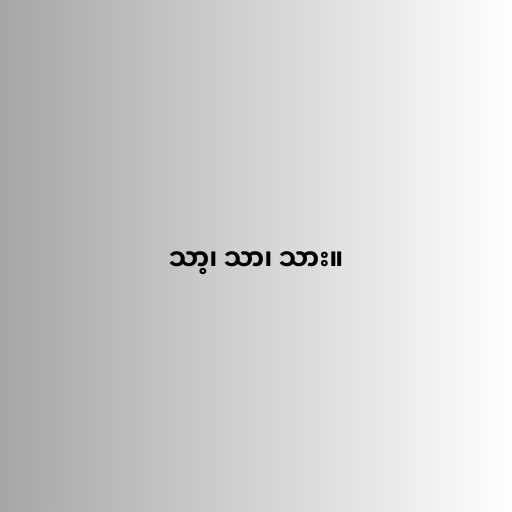
သာ့၊ သာ၊ သား။